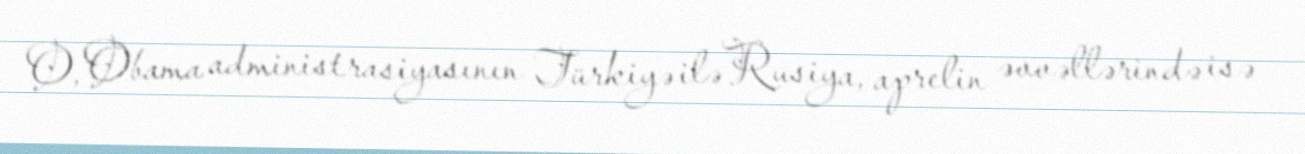
O, Obama administrasiyasının Türkiyə ilə Rusiya, aprelin əvvəllərində isə